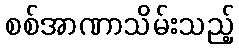
စစ်အာဏာသိမ်းသည့်